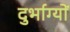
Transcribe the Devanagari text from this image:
दुर्भाग्यों